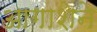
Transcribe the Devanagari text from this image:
आगाशेने